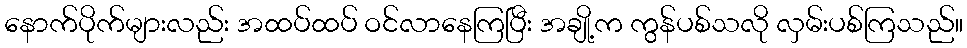
နောက်ပိုက်များလည်း အထပ်ထပ် ဝင်လာနေကြပြီး အချို့က ကွန်ပစ်သလို လှမ်းပစ်ကြသည်။